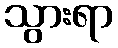
သွားရာ